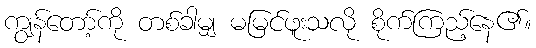
ကျွန်တော့်ကို တစ်ခါမျှ မမြင်ဖူးသလို စိုက်ကြည့်နေ၏။